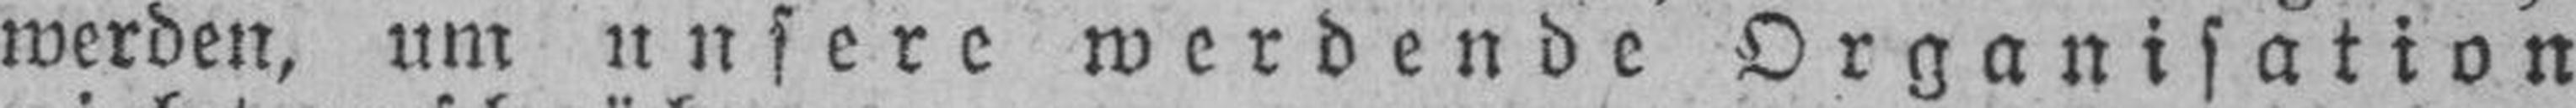
werden, um unsere werdende Organisation